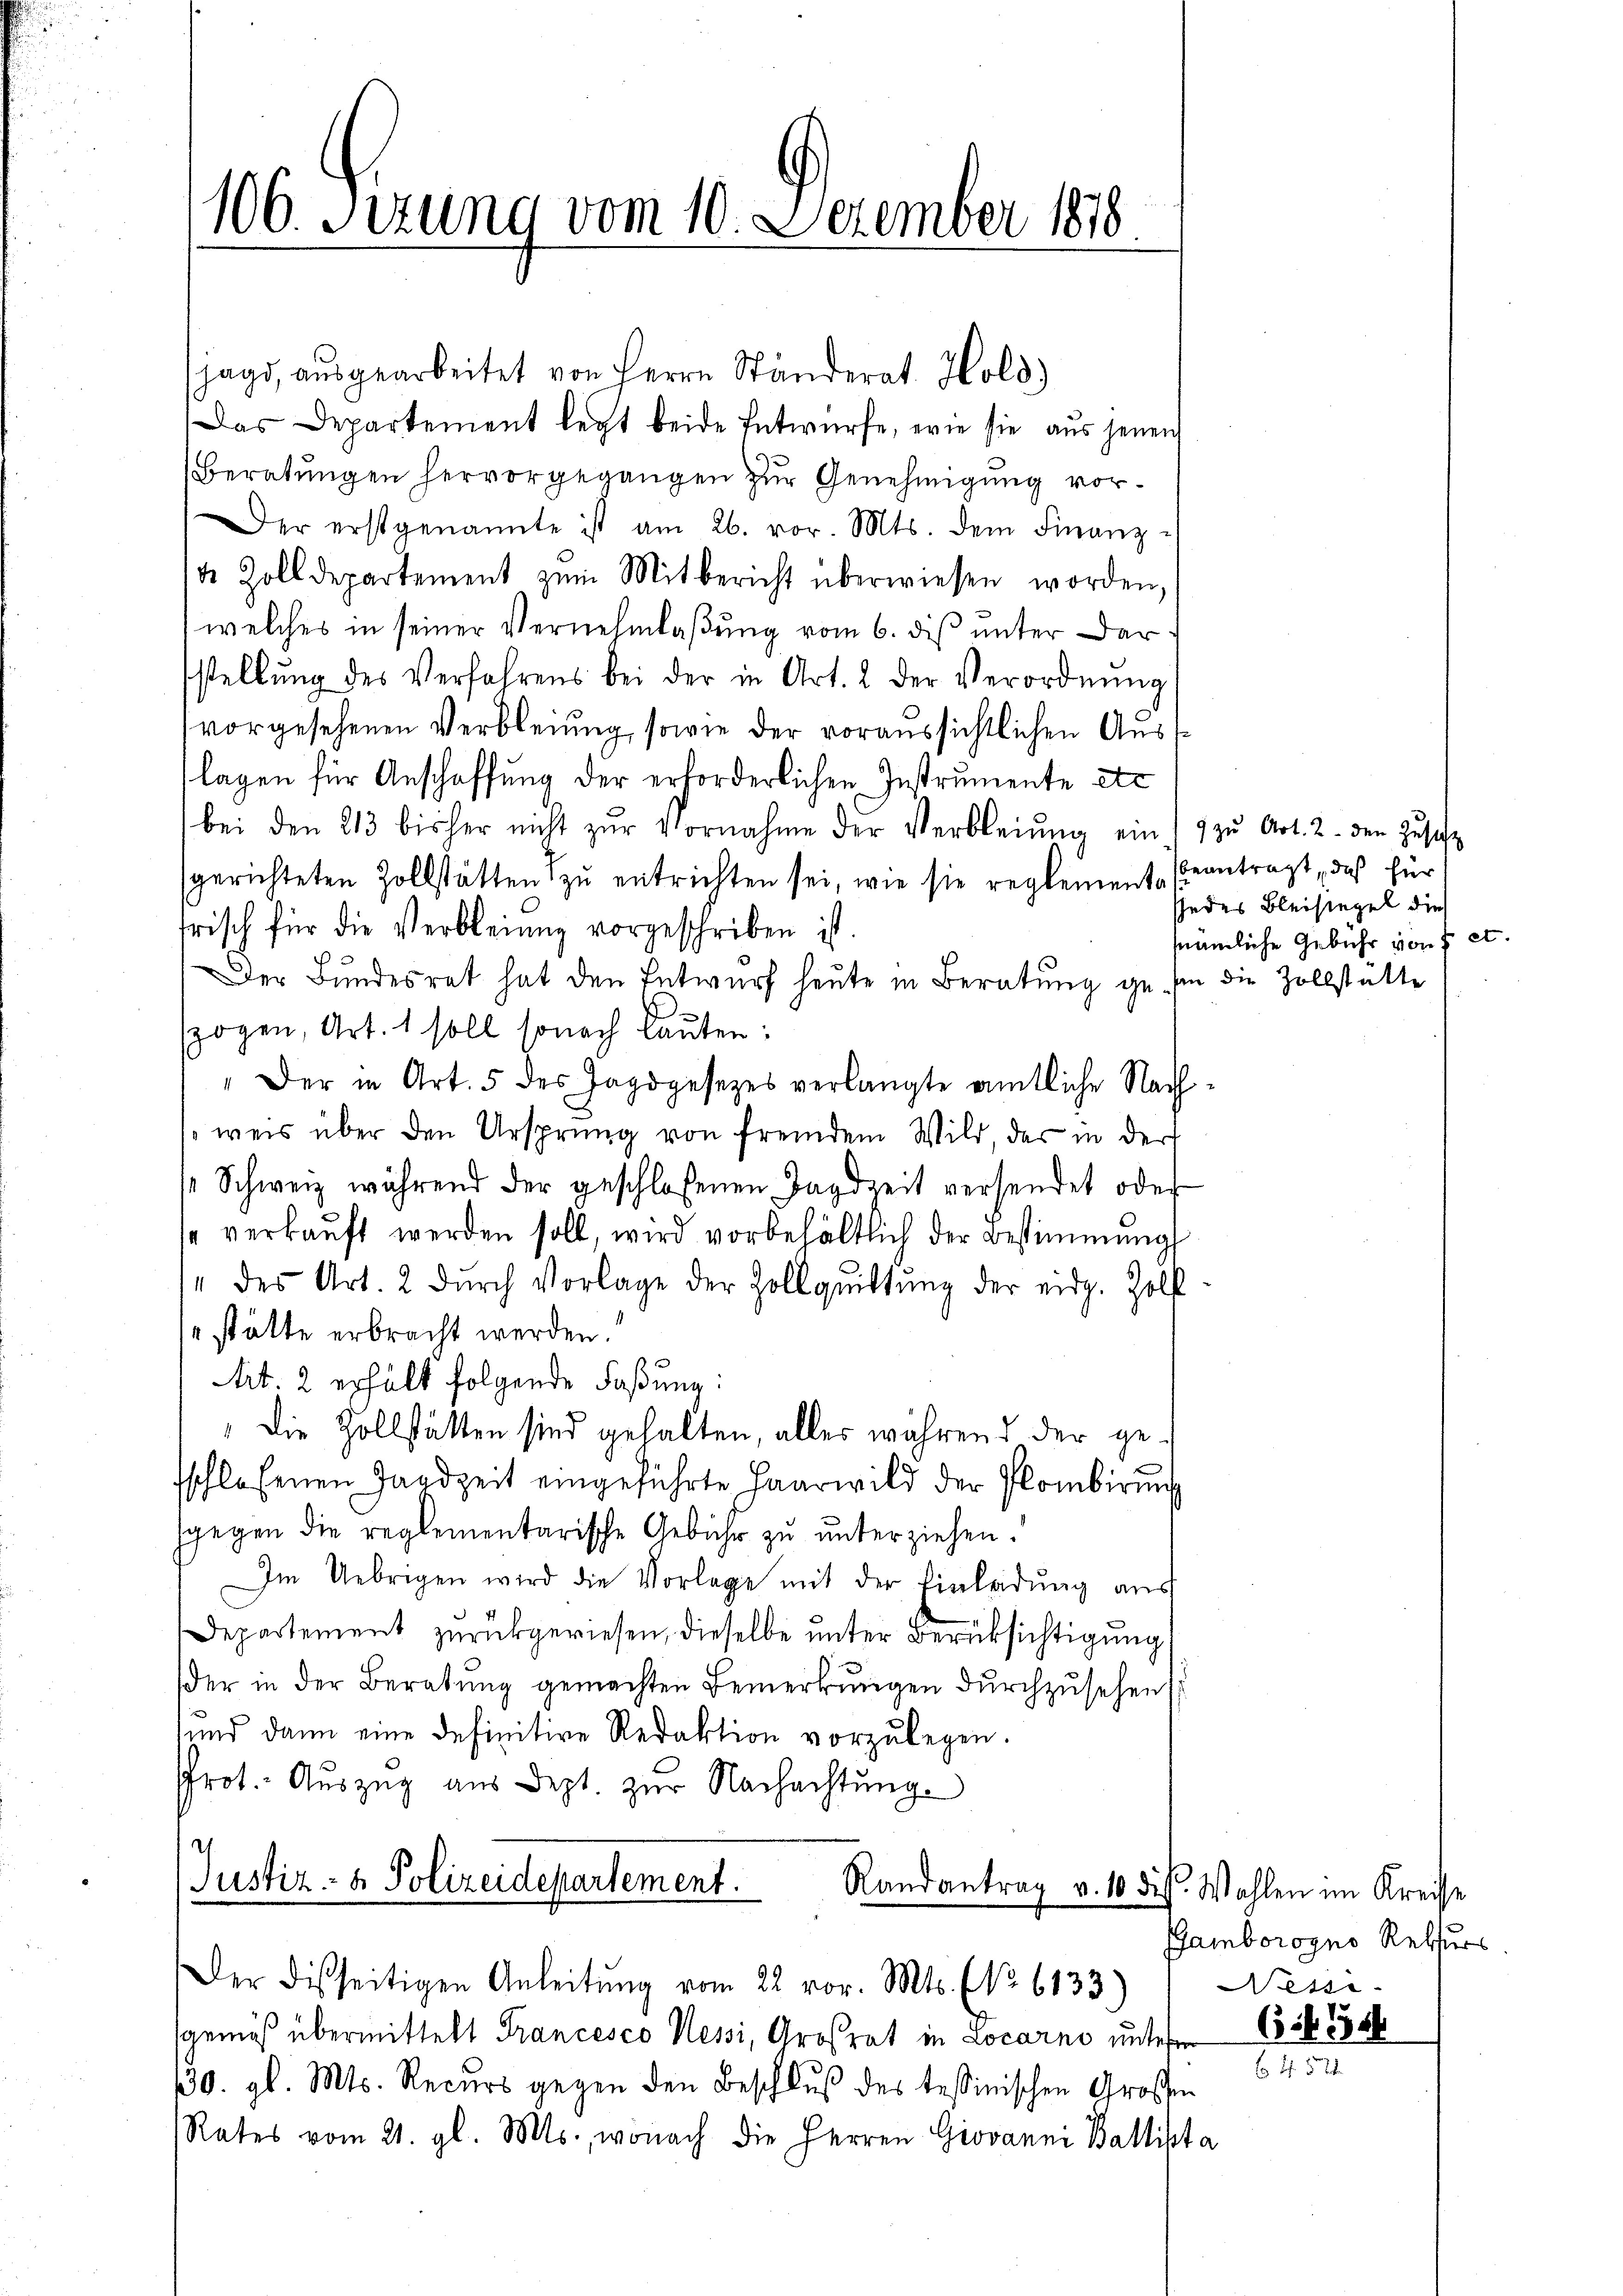
106. Sezung vom 10. December 1878

jagd, ausgearbeitet von Herrn Ständerat Hold)
Das Departement legt beide Entwürfe, wie sie aus jenen
Beratungen hervorgegangen zur Genehmigung vorer erstgenannte ist am 26. vor. Mts. dem Finanz-
1 Zolldepartement zŭm Mitbericht überwiesen worden,
welches in seiner Vernehmlaßung vom 6. dis unter Darstellŭng des Verfahrens bei der in Art. 2 der Verordnŭng
vorgesehenen Verbleiung, sowie der voraussichtlichen Auslagen für Anschaffung der erforderlichen Instrumente etc
bei den 213 bisher nicht zŭr Vornahme der Verbleiŭng ein zŭ Art. 2. den Zusiche
gerichteten Zollstätten zu entrichten sei, wie sie reglement beantragt, daß für
frisch für die Verbleiung vorgeschriben ist
Der Bundesrat hat den Entwurf heute in Beratung gesie die Zollstatte
szogen, Art. 1 soll sonach lauten:
"Der in Art. 5 des Jagdgesezes verlangte amtliche Nach
sweis über den Ursprung von fremdem Wild, der in der
Schweiz während der geschlossenen Tagdzeit versendet oder
1 verkaŭft werden soll, wird vorbehältlich der Bestimmung
" des Art. 2 dŭrch Vorlage der Zollquittung der eidg. Holf-
"stätte erbracht werden.“
Art. 2 erhält folgende Faßung:
Die Zollstätten sind gehalten, alles während der gesschlafenen Handzeit eingeführte Haarwild der Plombirŭng
gegen die reglementarische Gebühr zŭ ŭnterziehen.
Im Uebrigen wird die Vorlage mit der Einladung aus
Departement zurückgewiesen, dieselbe unter Berücksichtigung
der in der Beratung gemachten Bemerkungen durchzusehens
und dann eine definitive Redaktion vorzŭlegen.
Prot. Aŭszŭg aŭs dept. zŭr Nachachtŭng
Justiz- & Polizeidepartement.
Randantrag v. 10 dess. Wahlen im Kreise
Der disseitigen Anleitŭng vom 22. vor. Mts. No 6133)
gemäß übermittelt Francesco Nessi, Großrat in Locarno unterer
130. gl. Mts. Recurs gegen den Beschluß des tessinischen Großen
Rates vom 21. gl. Mts., wonach die Herren Giovanni Ballista

jedes Bleisegel die
nämliche Gebühr von 7 et.

Gamborogno Rekurs
Nessi
656 18

64